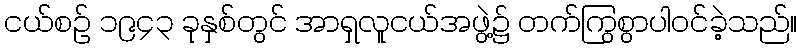
ငယ်စဉ် ၁၉၄၃ ခုနှစ်တွင် အာရှလူငယ်အဖွဲ့၌ တက်ကြွစွာပါဝင်ခဲ့သည်။